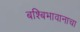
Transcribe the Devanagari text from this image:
बश्बिभावानाचा